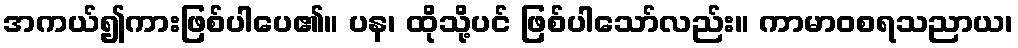
အကယ်၍ကားဖြစ်ပါပေ၏။ ပန၊ ထိုသို့ပင် ဖြစ်ပါသော်လည်း။ ကာမာဝစရသညာယ၊